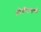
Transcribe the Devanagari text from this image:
प्रोग्रॅममध्ये